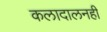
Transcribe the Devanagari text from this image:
कलादालनही